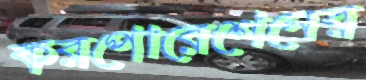
করপোরেশেনের